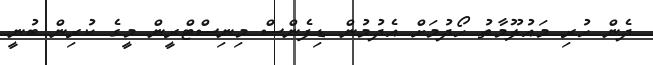
ދެން ހުރި މައުލޫމާތު ހޯދުމަށް އެދުމުން ޑިފެންސް މިނިސްޓްރީން މީގެ ކުރިން ބުނީ